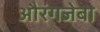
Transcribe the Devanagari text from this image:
औरंगजेबा